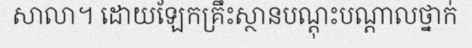
សាលា។ ដោយឡែកគ្រឹះស្ថានបណ្តុះបណ្តាលថ្នាក់